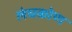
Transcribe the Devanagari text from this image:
लंघकोण